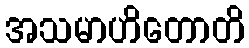
အသမာဟိတောတိ